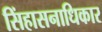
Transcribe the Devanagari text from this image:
सिंहासनाधिकार